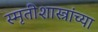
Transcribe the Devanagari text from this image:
स्मृतीशास्त्रांच्या